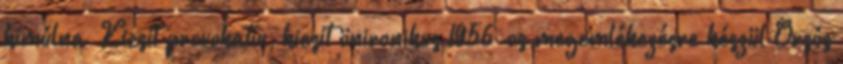
kimúlna” Kicsit provokatív, kicsit önironikus 1956-os megemlékezésre készül Orsós